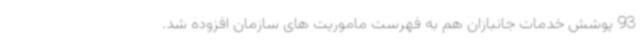
93 پوشش خدمات جانبازان هم به فهرست ماموریت های سازمان افزوده شد.